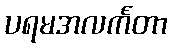
ပရမအလင်္ကတာ